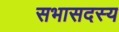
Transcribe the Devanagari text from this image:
सभासदस्य